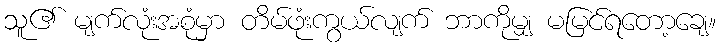
သူ၏ မျက်လုံးအစုံမှာ တိမ်ဖုံးကွယ်လျက် ဘာကိုမျှ မမြင်ရတော့ချေ။